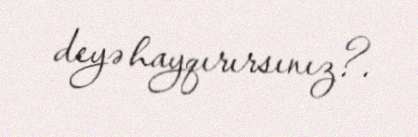
deyə hayqırırsınız?.